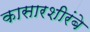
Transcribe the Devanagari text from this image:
कासारशीरंबे